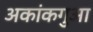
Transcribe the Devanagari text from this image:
अकांकगुआ